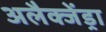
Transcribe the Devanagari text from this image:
अलैक्जेंड्रा